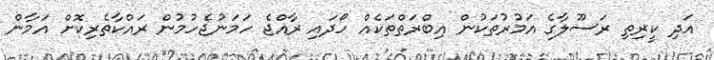
އަދި ކީރިތި ރަސޫލާގެ އަމުރުތަކުން އިބްރަތްތަކެއް ހޯދައި ރާއްޖެ ހަމަނުޖެހުމުން ރައްކާތެރިކޮށް އަމާން